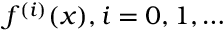
f ^ { ( i ) } ( x ) , i = 0 , 1 , \dots